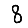
Digit: 8